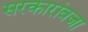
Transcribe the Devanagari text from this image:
सरकारांवजा